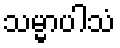
သမ္မာပါသံ